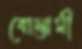
বোস্তামী